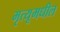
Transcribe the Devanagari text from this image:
मृत्यूमधील